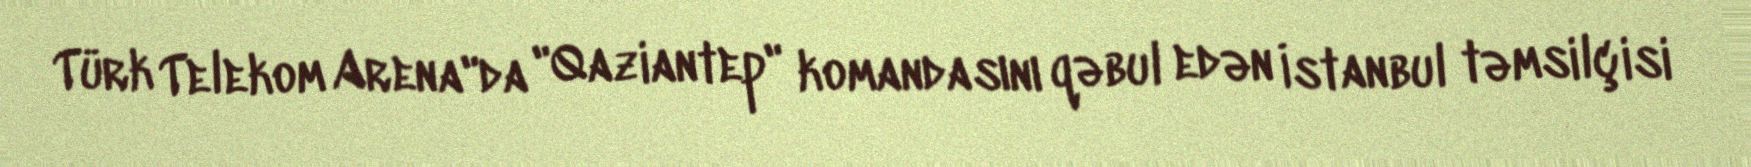
Türk Telekom Arena"da "Qaziantep" komandasını qəbul edən İstanbul təmsilçisi